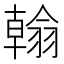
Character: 𦒋